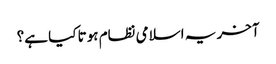
آخر یہ اسلامی نظام ہوتا کیا ہے؟